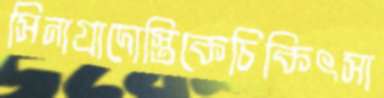
সিনাগ্রাদোস্তিকেচিকিৎসা